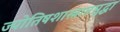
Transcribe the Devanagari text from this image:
ज्योतिषशास्त्रातसुद्धा